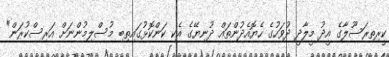
ކީރިތިރަސޫލާގެ އީދު މީލާދީ ދުވަހުގެ ހެޔޮއެދުންތައް ދުނިޔޭގެ އެކި ކަންކޮޅުގައިތިބި މުސްލިމުންނަށް އަރިސްކުރަން"